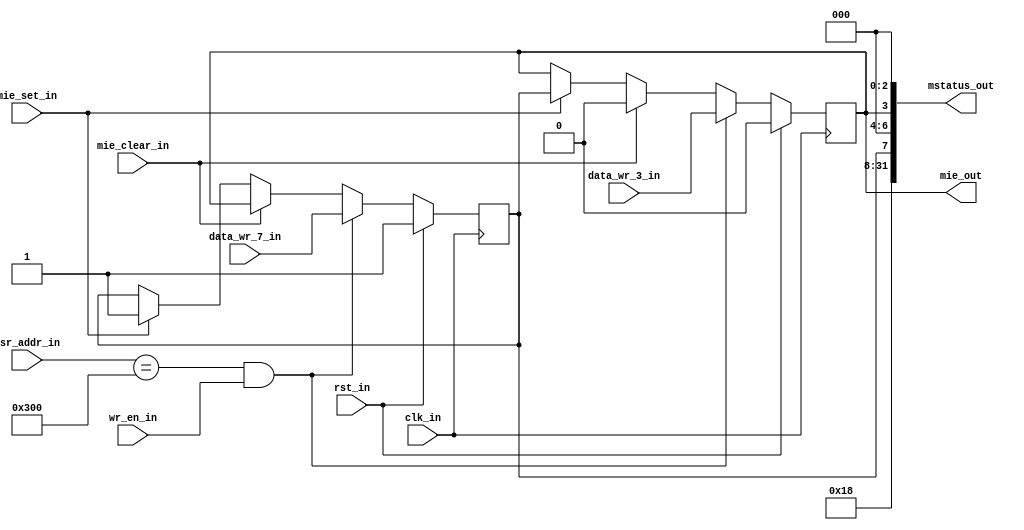
`timescale 1ns / 1ps
module mstatus_reg( input             clk_in,rst_in,wr_en_in,data_wr_3_in,data_wr_7_in,mie_clear_in,mie_set_in,
                    input      [11:0] csr_addr_in,
                    output     [31:0] mstatus_out,
                    output reg        mie_out
);

   parameter  MSTATUS = 12'h300;
   reg mpie_out;
   assign mstatus_out = {19'b0, 2'b11, 3'b0, mpie_out, 3'b0 , mie_out, 3'b0};
   always @(posedge clk_in)
   begin
      if(rst_in)
      begin
         mie_out <= 1'b0;
         mpie_out <= 1'b1;
      end
      else if(csr_addr_in == MSTATUS && wr_en_in)
      begin
         mie_out <= data_wr_3_in;
         mpie_out <= data_wr_7_in;
      end
      else if(mie_clear_in == 1'b1)
      begin
         mpie_out <= mie_out;
         mie_out <= 1'b0;
      end
      else if(mie_set_in == 1'b1)
      begin
         mie_out <= mpie_out;
         mpie_out <= 1'b1;
      end
   end
endmodule